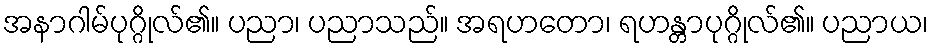
အနာဂါမ်ပုဂ္ဂိုလ်၏။ ပညာ၊ ပညာသည်။ အရဟတော၊ ရဟန္တာပုဂ္ဂိုလ်၏။ ပညာယ၊